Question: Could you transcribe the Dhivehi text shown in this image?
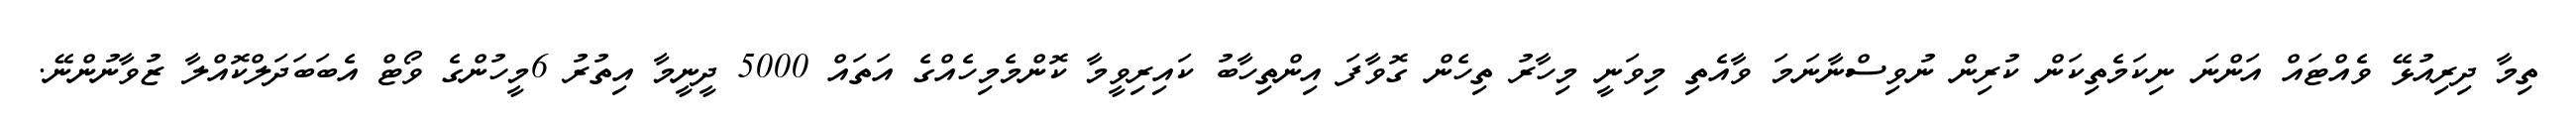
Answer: ތިމާ ދިރިއުޅޭ ވެއްޓައް އަންނަ ނިކަމެތިކަން ކުރިން ނުވިސްނާނަމަ ވާއެތި މިވަނީ މިހާރު ތިހެން ގޮވާފަ އިންތިހާބު ކައިރިވީމާ ކޮންމެމިހެއްގެ އަތައް 5000 ދީނީމާ އިތުރު 6މީހުންގެ ވޯޓް އެބަބަދަލްކޮއްލާ ޒުވާނުންނޭ.